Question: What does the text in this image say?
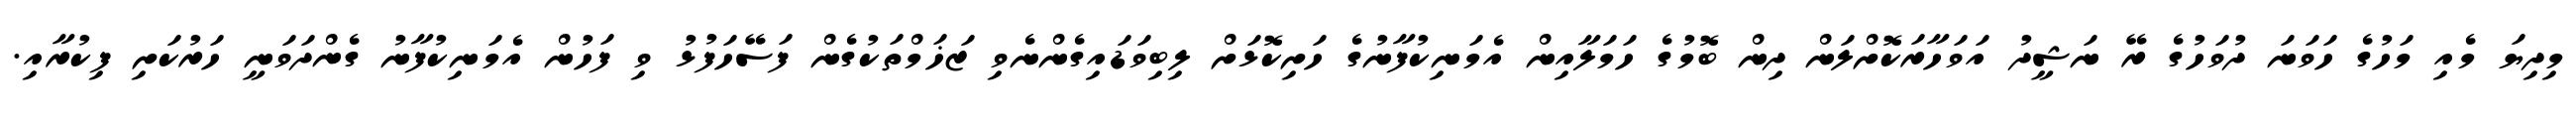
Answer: މިދިޔަ މެއި މަހުގެ ހަވަނަ ދުވަހުގެ ރޭ ނަޝީދު އަވަހާރަކޮށްލަން ދިން ބޮމުގެ ހަމަލާއިން އެމަނިކުފާނުގެ ހަށިކޮޅަށް ލިބިވަޑައިގެންނެވި ޒަޚަމްތަކުގެން ފަސޭހަފުޅު ވި ފަހުން އެމަނިކުފާނު ގެންދަވަނީ ހަރުކަށި ފިކުރާއި.